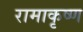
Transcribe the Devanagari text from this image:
रामाकृष्ण